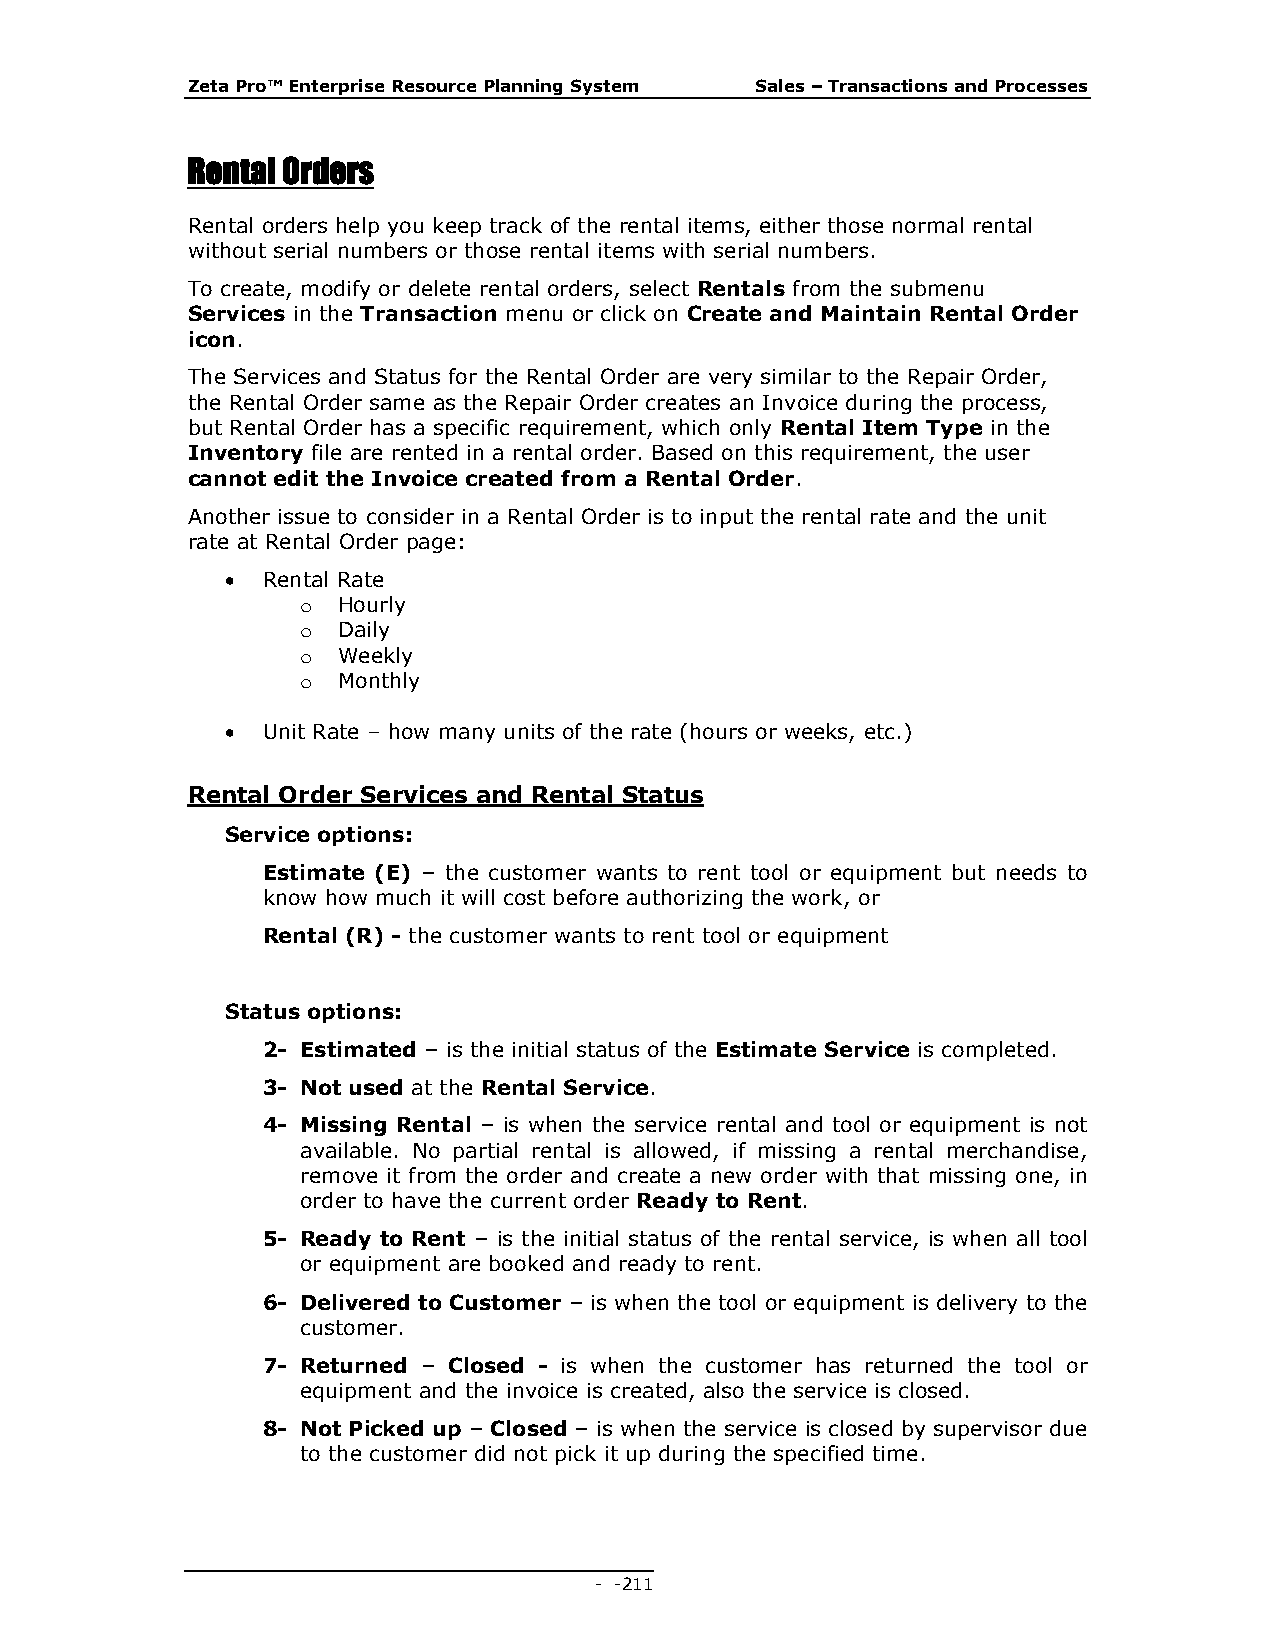
Zeta Pro™ Enterprise Resource Planning System Sales – Transactions and Processes
 Rental Orders
 Rental orders help you keep track of the rental items, either those normal rental
 without serial numbers or those rental items with serial numbers.
 To create, modify or delete rental orders, select Rentals from the submenu
 Services in the Transaction menu or click on Create and Maintain Rental Order
 icon.
 The Services and Status for the Rental Order are very similar to the Repair Order,
 the Rental Order same as the Repair Order creates an Invoice during the process,
 but Rental Order has a specific requirement, which only Rental Item Type in the
 Inventory file are rented in a rental order. Based on this requirement, the user
 cannot edit the Invoice created from a Rental Order.
 Another issue to consider in a Rental Order is to input the rental rate and the unit
 rate at Rental Order page:
  Rental Rate
 o Hourly
 o Daily
 o Weekly
 o Monthly
  Unit Rate – how many units of the rate (hours or weeks, etc.)
 Rental Order Services and Rental Status
 Service options:
 Estimate (E) – the customer wants to rent tool or equipment but needs to
 know how much it will cost before authorizing the work, or
 Rental (R) - the customer wants to rent tool or equipment
 Status options:
 2- Estimated – is the initial status of the Estimate Service is completed.
 3- Not used at the Rental Service.
 4- Missing Rental – is when the service rental and tool or equipment is not
 available. No partial rental is allowed, if missing a rental merchandise,
 remove it from the order and create a new order with that missing one, in
 order to have the current order Ready to Rent.
 5- Ready to Rent – is the initial status of the rental service, is when all tool
 or equipment are booked and ready to rent.
 6- Delivered to Customer – is when the tool or equipment is delivery to the
 customer.
 7- Returned – Closed - is when the customer has returned the tool or
 equipment and the invoice is created, also the service is closed.
 8- Not Picked up – Closed – is when the service is closed by supervisor due
 to the customer did not pick it up during the specified time.
 - - 211